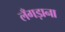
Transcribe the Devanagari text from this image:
लँगड़ाना